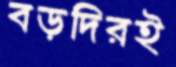
বড়দিরই